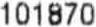
101870